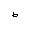
Letter: _da